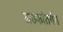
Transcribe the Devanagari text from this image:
खडकांतर्गत